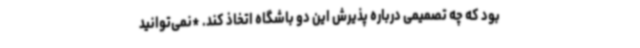
بود که چه تصمیمی درباره پذیرش این دو باشگاه اتخاذ کند. *نمی‌توانید